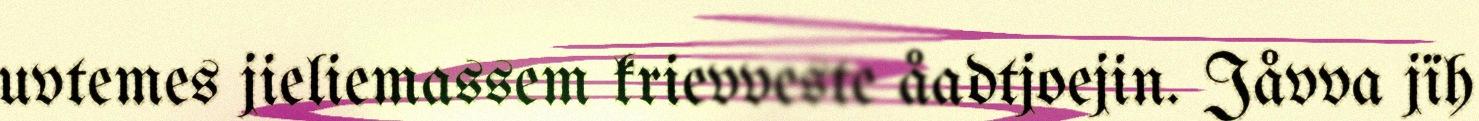
uvtemes jieliemassem krievveste åadtjoejin. Jåvva jïh